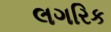
લગરિક